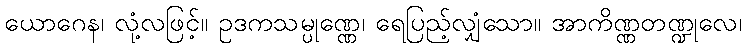
ယောဂေန၊ လုံ့လဖြင့်။ ဥဒကသမ္ပုဏ္ဏေ၊ ရေပြည့်လျှံသော။ အာကိဏ္ဏတဏ္ဍုလေ၊